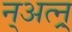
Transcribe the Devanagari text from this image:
न्अत्न्र्